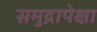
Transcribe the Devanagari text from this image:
समुद्रापेक्षा